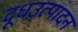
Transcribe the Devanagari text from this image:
दूधउत्पादन